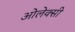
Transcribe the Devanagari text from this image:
ओलेक्सी